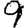
Digit: 9